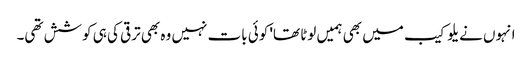
انہوں نے یلو کیب میں بھی ہمیں لوٹا تھا' کوئی بات نہیں وہ بھی ترقی کی ہی کوشش تھی۔